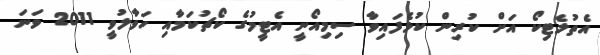
އެތުލެޓިކޯ އަށް ކުރިން ކުޅެފައިވާ ސިމިއޯނީ އެޓީމުގެ ކޯޗުކަމާއި ހަވާލުވީ 2011 ވަނަ